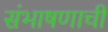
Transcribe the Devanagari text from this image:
संभाषणाची